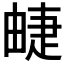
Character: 𤲣